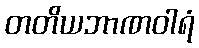
တတိယဘာဏဝါရံ